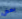
بعض